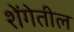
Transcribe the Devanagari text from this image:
शेंगेतील